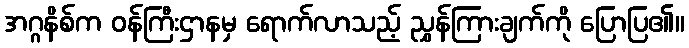
အဂ္ဂနိစ်က ဝန်ကြီးဌာနမှ ရောက်လာသည့် ညွှန်ကြားချက်ကို ပြောပြ၏။